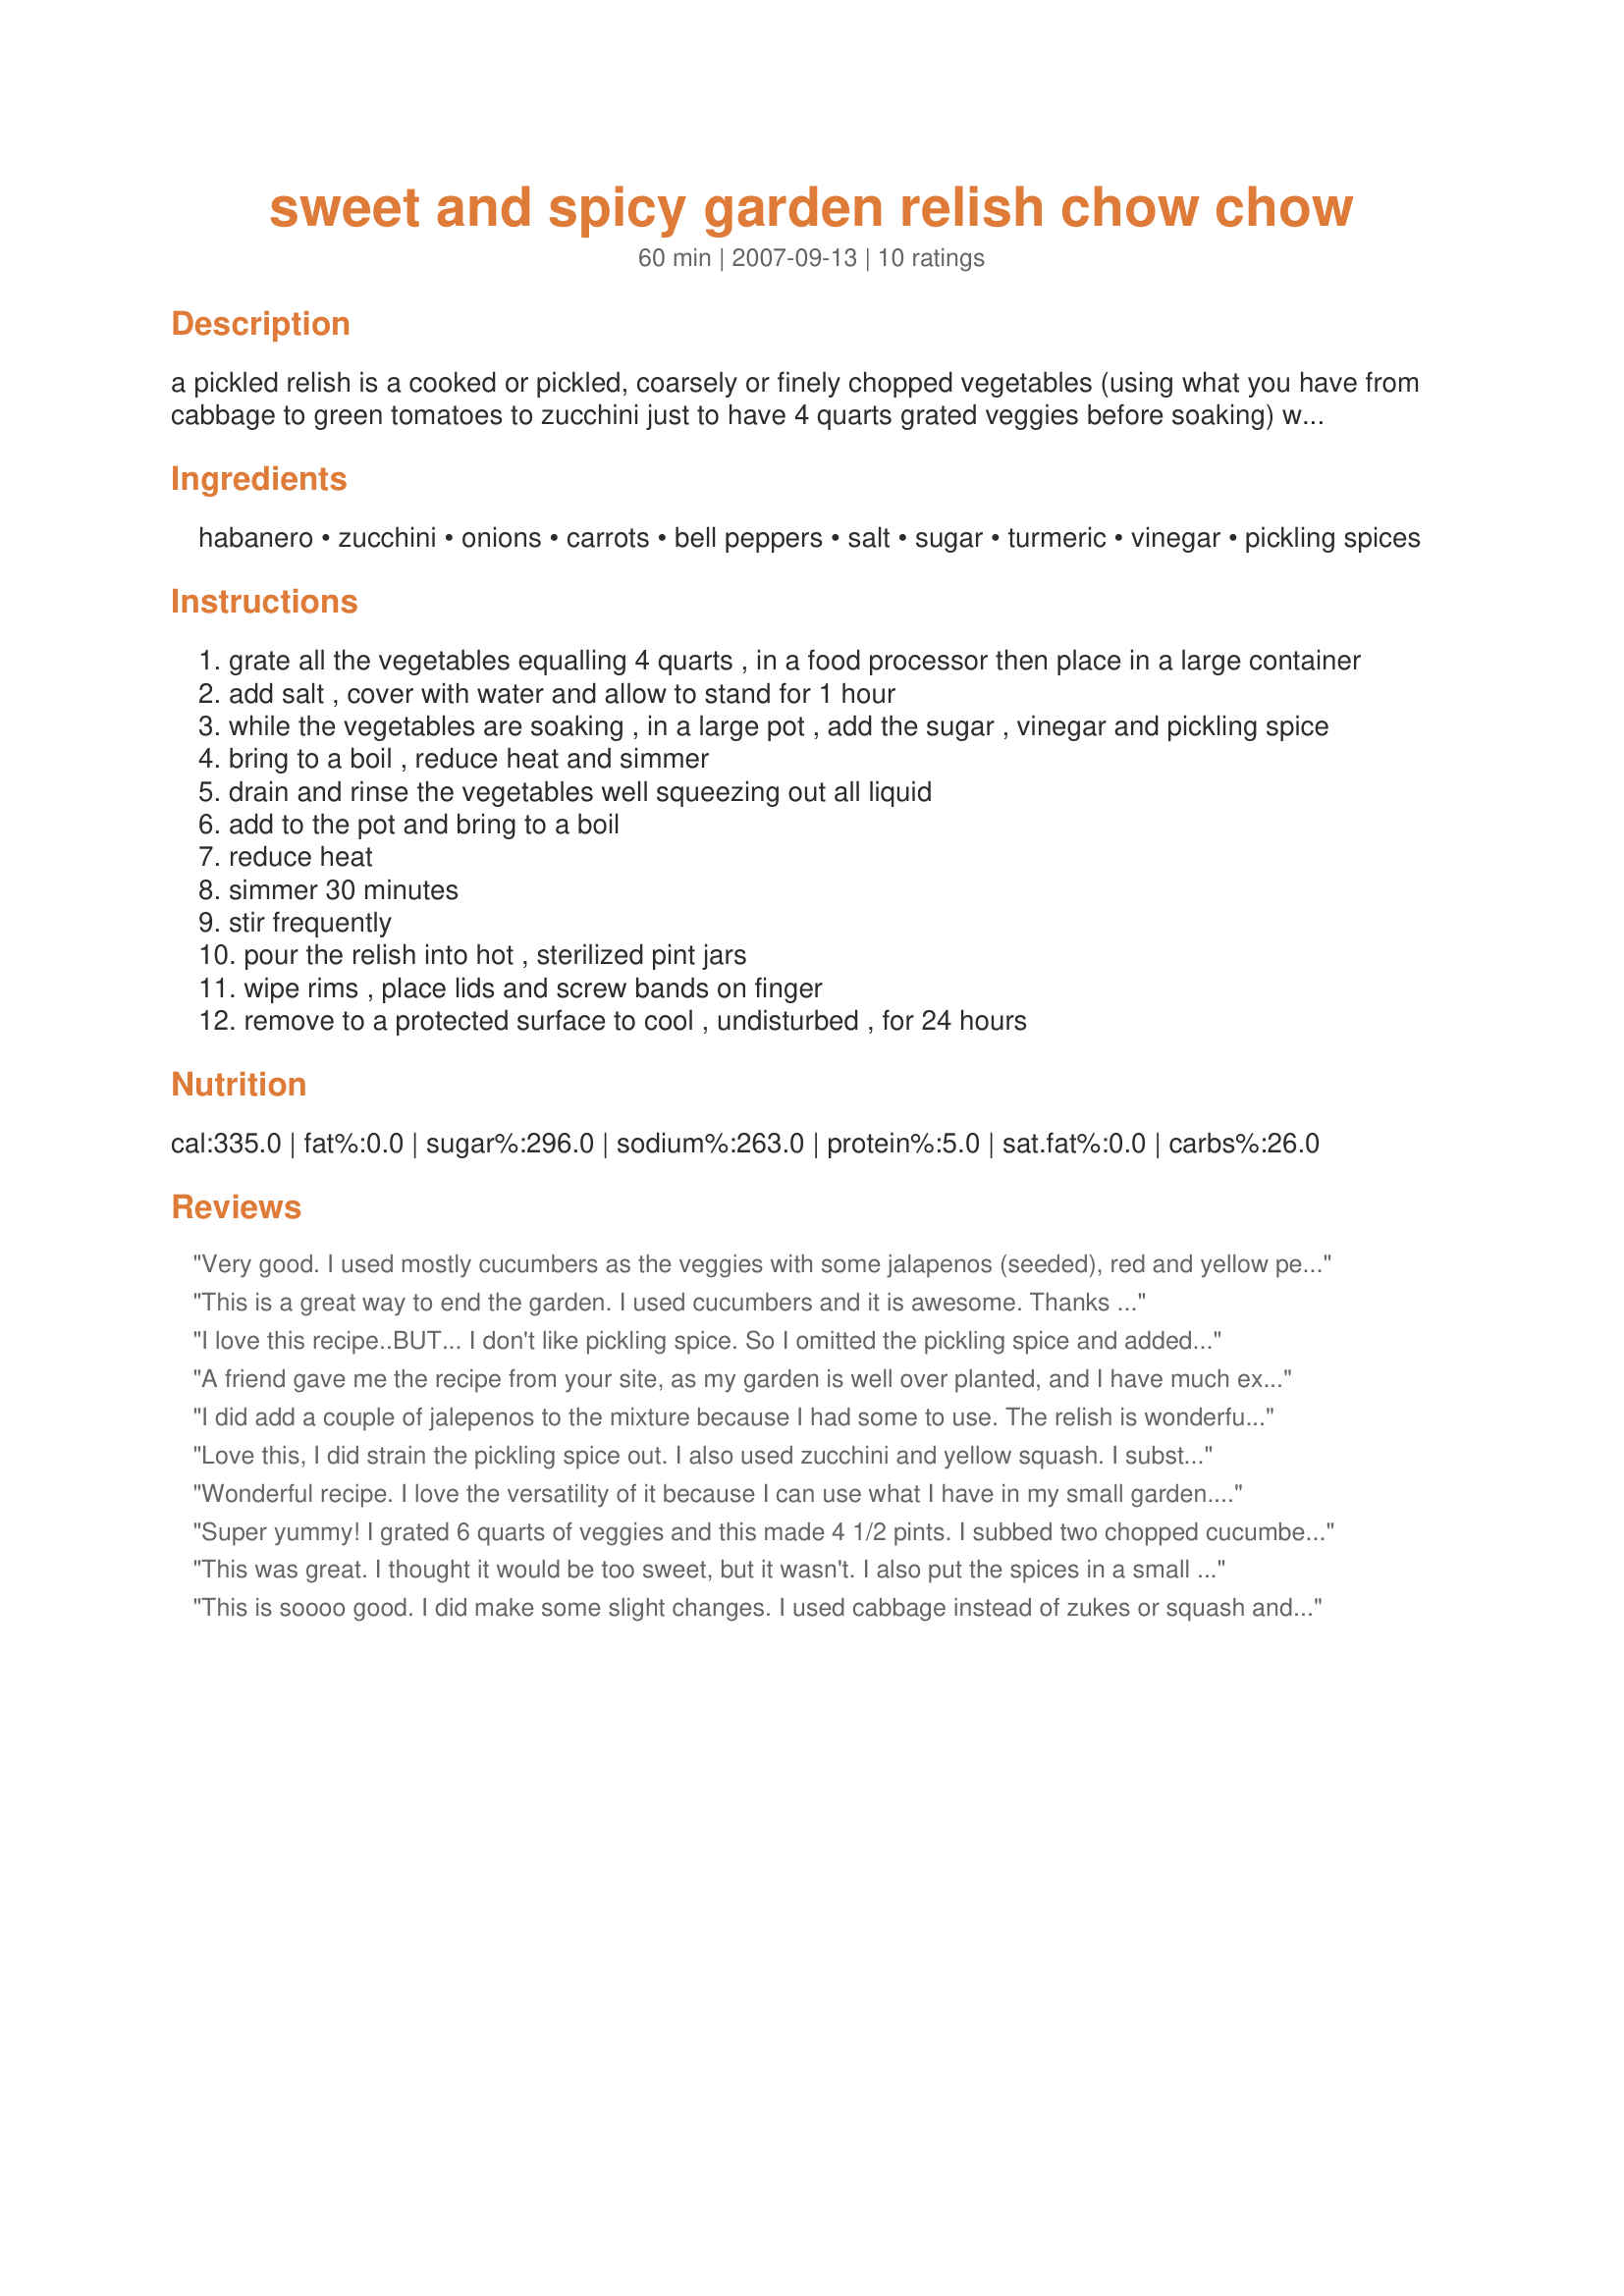
sweet and spicy garden relish chow chow
Preparation time: 60 minutes

a pickled relish is a cooked or pickled, coarsely or finely chopped vegetables (using what you have from cabbage to green tomatoes to zucchini just to have 4 quarts grated veggies before soaking) which is typically used as a condiment. i made this with a combination of home grown garden goodies. served as a dipping sauce for breads or as a condiment to spread over the top of cornbread or top hot dogs and hamburgers, fresh grilled fish,chicken or mix with mixed with mayonnaise to make tartar sauce, and piccalilli can be mixed with mayonnaise or crème fraîche to make remoulade. makes a great addition to a gift basket.

Ingredients:
habanero, zucchini, onions, carrots, bell peppers, salt, sugar, turmeric, vinegar, pickling spices

Steps:
grate all the vegetables equalling 4 quarts , in a food processor then place in a large container
add salt , cover with water and allow to stand for 1 hour
while the vegetables are soaking , in a large pot , add the sugar , vinegar and pickling spice
bring to a boil , reduce heat and simmer
drain and rinse the vegetables well squeezing out all liquid
add to the pot and bring to a boil
reduce heat
simmer 30 minutes
stir frequently
pour the relish into hot , sterilized pint jars
wipe rims , place lids and screw bands on finger
remove to a protected surface to cool , undisturbed , for 24 hours

Reviews:
Very good. I used mostly cucumbers as the veggies with some jalapenos (seeded), red and yellow peppers and onion.
This is a great way to end the garden. I used cucumbers and it is awesome. Thanks 
 The Bacon's
I love this recipe..BUT... I don't like pickling spice. So I omitted the pickling spice and added 1 1/2 TBS of ground garam masala instead, along with 1/2 of the turmeric. IT IS DELICIOUS and has the warmth of Indian flavors. Great on everything. I could eat it right out of the jar.
A friend gave me the recipe from your site, as my garden is well over planted, and I have much excess. As a I am new to farming, but not new to canning , I made some of this Chow-chow, last week, filling 24 QT jars, (Trippled the recipe) did samples of it on blackened chicken at the farmers market in Alden, NY, and I now have people calling every day for this Chow-Chow. It is wonderful. The only things that I used, that was diffrent, as I have an abundance of them, were snap peas, and yellow beans, which I cut into1/8-1/4" pieces, I also added Green tomato's as well., My entire garden is represented in that Quart Jar. I just love making it, and its so good too.
I did add a couple of jalepenos to the mixture because I had some to use. The relish is wonderful, very easy to make and I will make it again. I used a food processer and chopped everything up very fine. I let the mixture stand overnight, rather than the 1 hour recommended.
Love this, I did strain the pickling spice out. I also used zucchini and yellow squash. I substituted anaheim peppers for the bells. I can't wait to eat this on some buttermilk cornbread.
Wonderful recipe. I love the versatility of it because I can use what I have in my small garden. I don't have an over abundance of anything, much to my dismay, but I was able to come up with a combination that equaled 4 quarts (green tomatoes, cherry tomatoes, eggplant, cucumber, zucchini, jalapenos, cayenne peppers, bell peppers, garlic, onion, carrots). I chopped everything in the food processor and let it sit overnight as one reviewer suggested. Great flavor and with a hint of spice from the jalapenos. Love it! Can't wait for my husband to taste it. My yield was 5 pints.
Super yummy! I grated 6 quarts of veggies and this made 4 1/2 pints. I subbed two chopped cucumbers for two of the bell peppers. Will definitely make again!!
This was great. I thought it would be too sweet, but it wasn't. I also put the spices in a small tea sache to keep it out of the final product. Sealed beautifully. Can't wait to use it up!
This is soooo good. I did make some slight changes. I used cabbage instead of zukes or squash and I put the pickling spices into cheesecloth (using a little more than the recipe called for) just because I cannot imagine biting into the hard chunks of cloves, peppercorns, etc. Removed before adding the veggies. I only got 4 pints and some for a bowl to eat right away, but it tastes fantastic.
